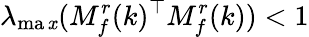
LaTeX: \lambda_{\operatorname*{ma\mathit{x}}}(M_{f}^{r}(k)^{\top}M_{f}^{r}(k))<1